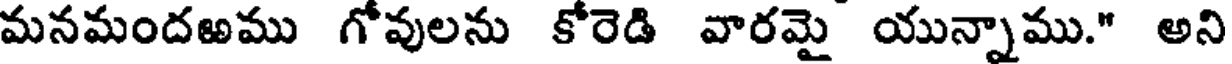
మనమందఱము గోవులను కోరెడి వారమై యున్నాము." అని